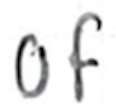
Text: of
Cross-out: clean
Writing tool: ballpoint